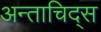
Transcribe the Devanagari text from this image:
अन्ताचिद्स